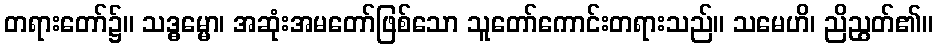
တရားတော်၌။ သဒ္ဓမ္မော၊ အဆုံးအမတော်ဖြစ်သော သူတော်ကောင်းတရားသည်။ သမေဟိ၊ ညိညွတ်၏။